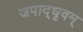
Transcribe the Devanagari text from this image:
जपाद्‌धृवम्